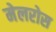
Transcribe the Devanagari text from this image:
मेलरोस